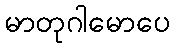
မာတုဂါမောပေ